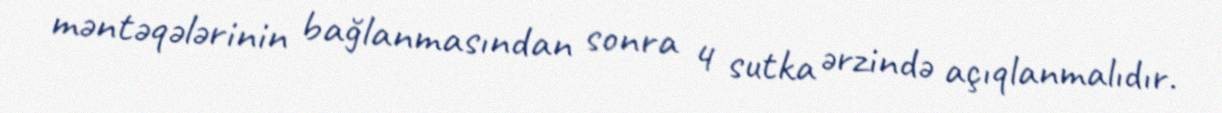
məntəqələrinin bağlanmasından sonra 4 sutka ərzində açıqlanmalıdır.